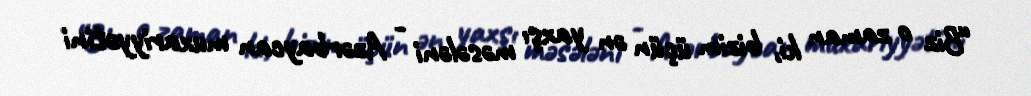
“Biz o zaman ki, bizim üçün ən yaxşı məsələni - Azərbaycan muxariyyətini